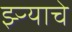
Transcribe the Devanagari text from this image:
झ्ऱ्याचे